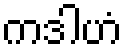
ကဒါဟံ